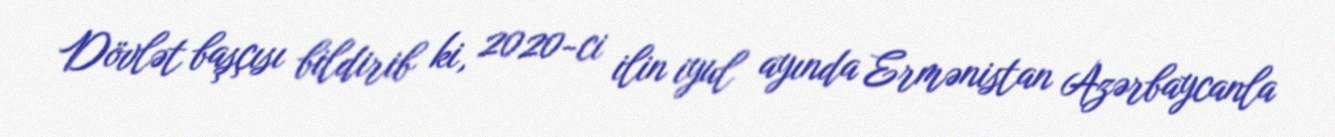
Dövlət başçısı bildirib ki, 2020-ci ilin iyul ayında Ermənistan Azərbaycanla